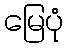
မြေပုံ